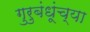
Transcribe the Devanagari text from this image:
गुरुबंधूंच्या